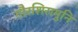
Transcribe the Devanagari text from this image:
गौरशिरामुनि